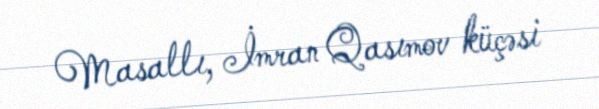
Masallı, İmran Qasımov küçəsi